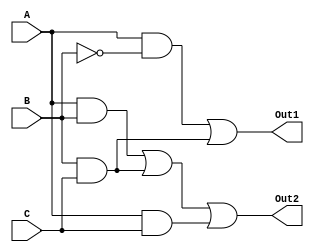
module logicgates2(Out1, Out2, A, B, C); 

input A, B, C;
output Out1, Out2;

assign Out1 = (A & ~B) | (B & C);
assign Out2 = (A & B) | (B & C) | (A & C);

endmodule